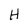
Character: H